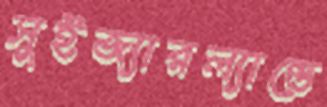
সুইজ্যারল্যান্ডে